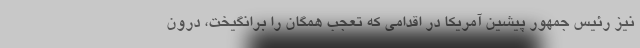
نیز رئیس جمهور پیشین آمریکا در اقدامی که تعجب همگان را برانگیخت، درون